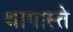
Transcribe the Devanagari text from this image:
थागास्ते